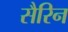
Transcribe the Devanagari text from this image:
सैरिन